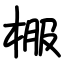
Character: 棴